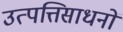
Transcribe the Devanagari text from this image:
उत्पत्तिसाधनों